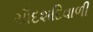
ચૌદશદિવાળી